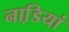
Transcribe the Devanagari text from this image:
नाडि़यां